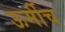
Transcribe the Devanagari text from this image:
ऊर्मीच